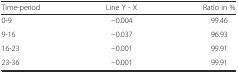
<table><thead><tr><td><b>Time-period</b></td><td><b>Line Y - X</b></td><td><b>Ratio in %</b></td></tr></thead><tbody><tr><td>0-9</td><td>−0.004</td><td>99.46</td></tr><tr><td>9-16</td><td>−0.037</td><td>96.93</td></tr><tr><td>16-23</td><td>−0.001</td><td>99.91</td></tr><tr><td>23-36</td><td>−0.001</td><td>99.91</td></tr></tbody></table>